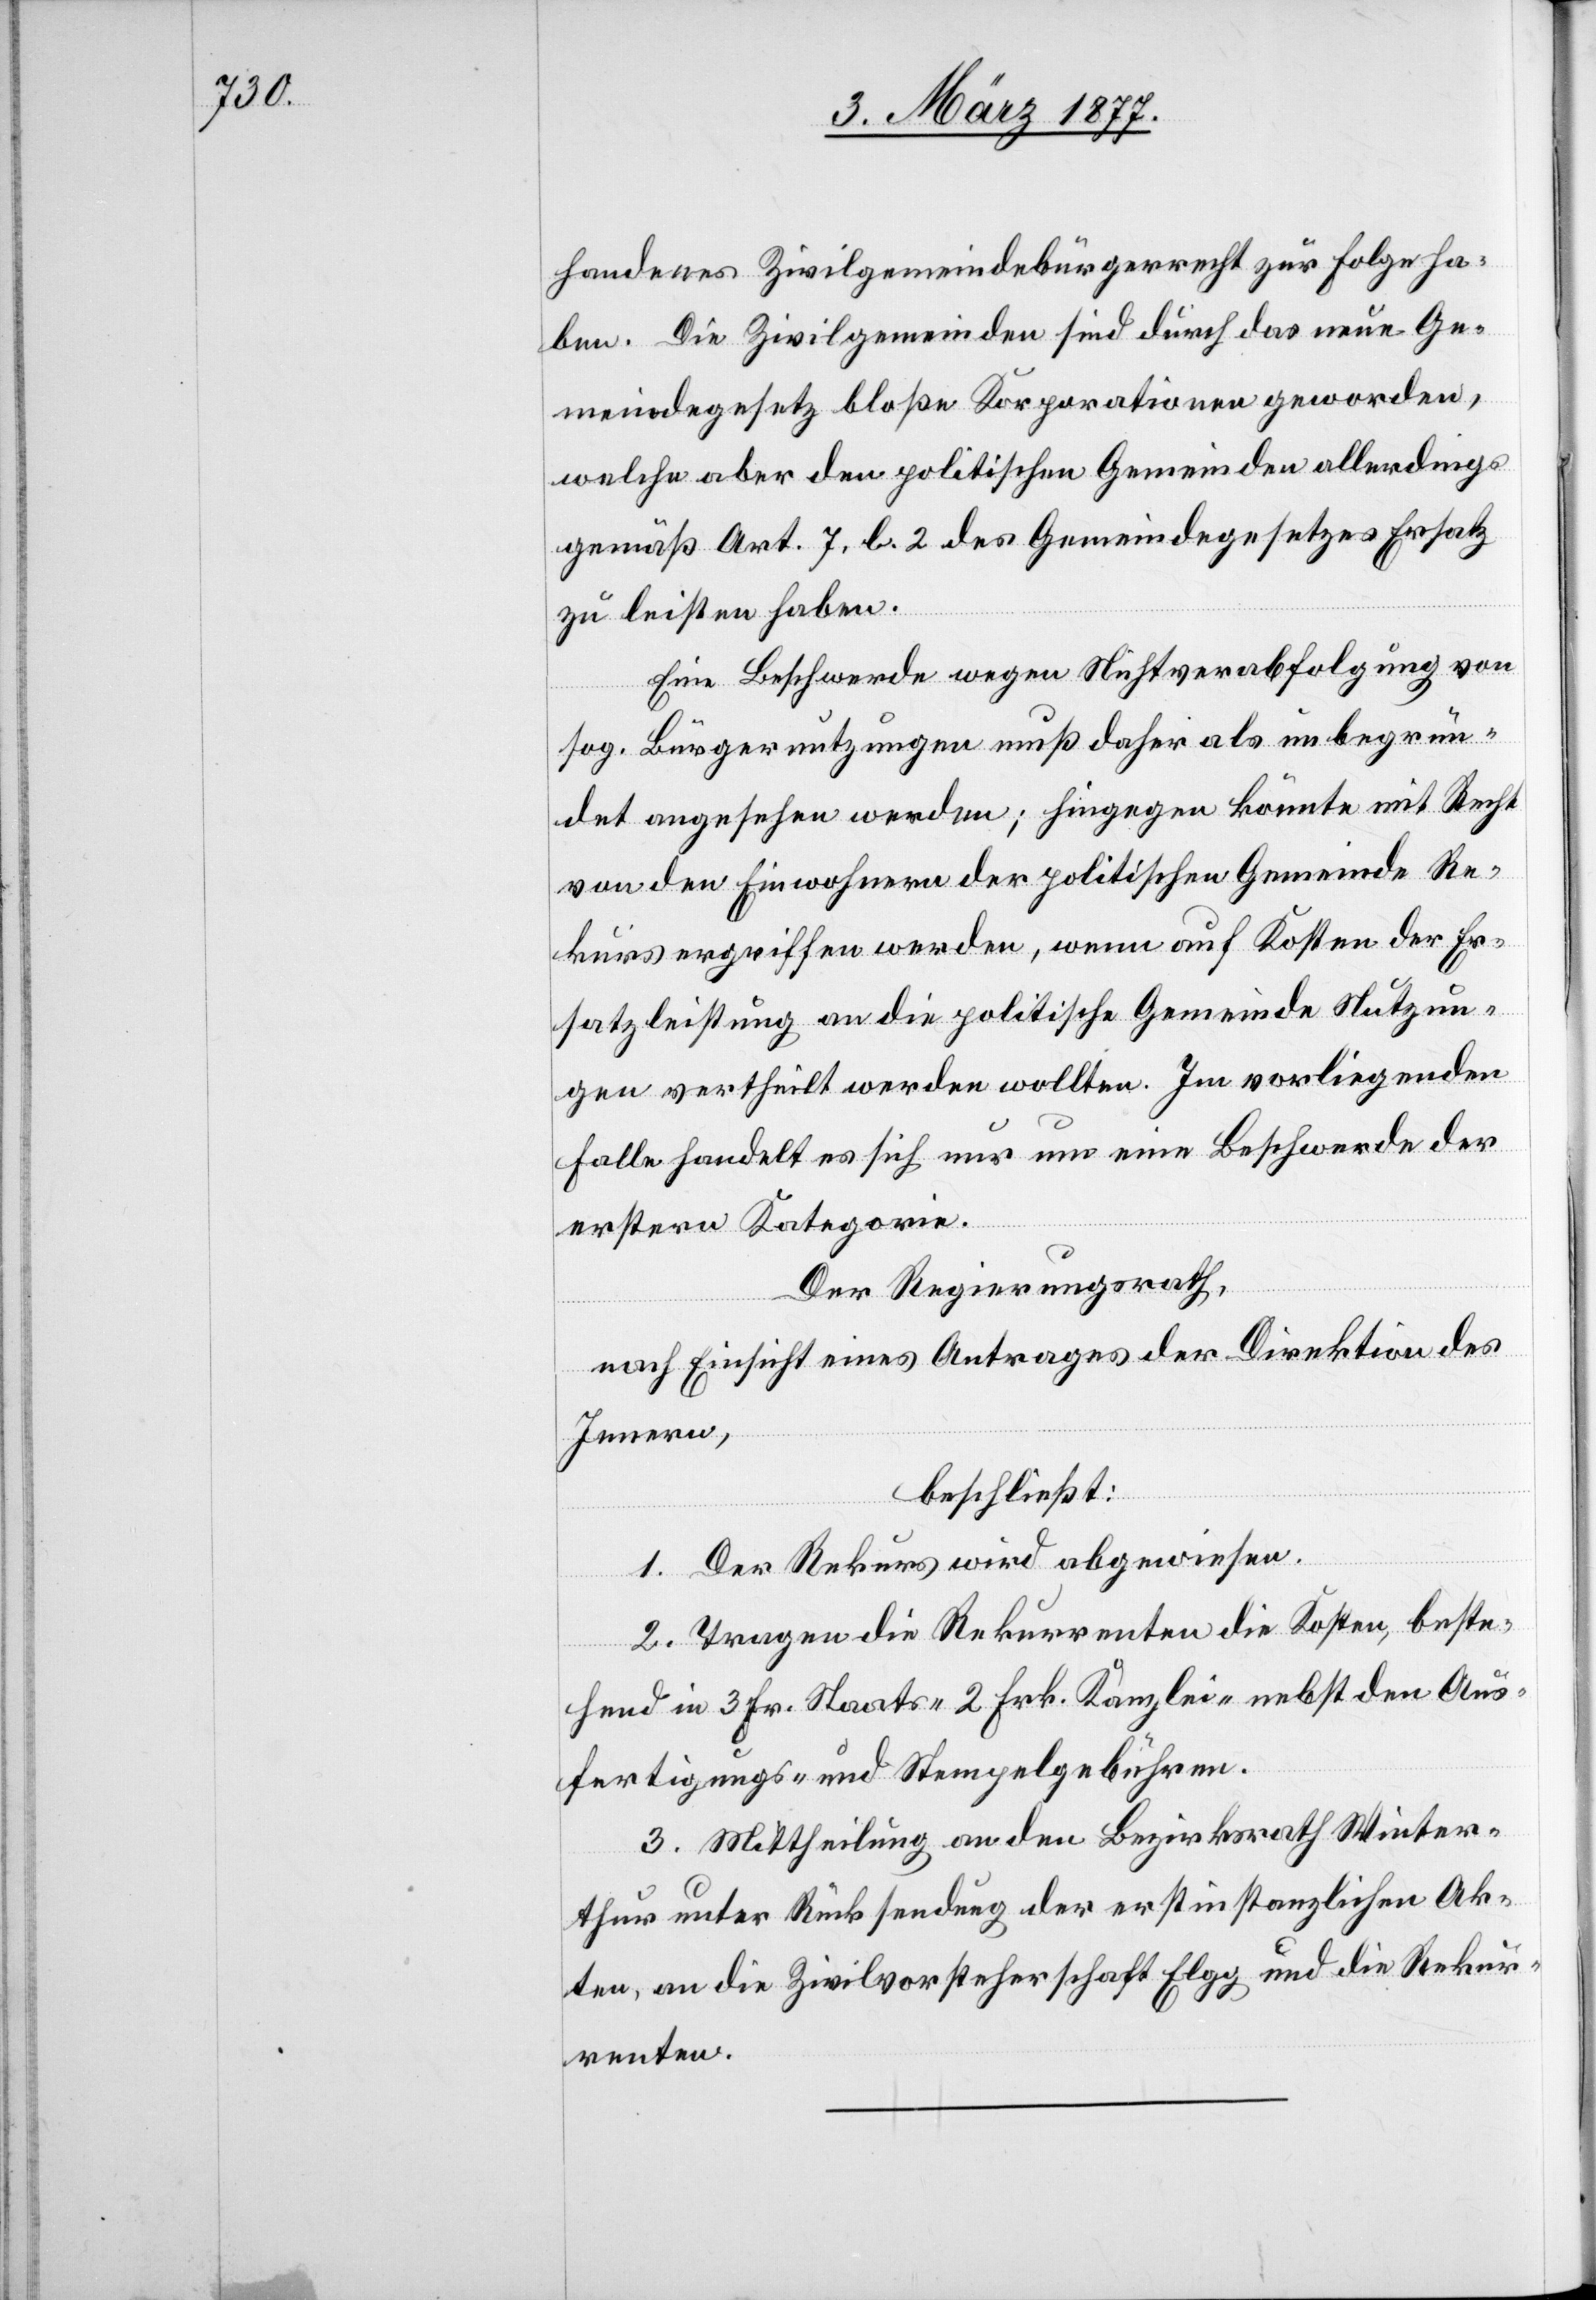
handenes Zivilgemeindebürgerrecht zur Folge ha¬
ben. Die Zivilgemeinden sind durch das neue Ge¬
meindegesetz bloße Korporationen geworden,
welche aber den politischen Gemeinden allerdings
gemäß Art. 7. b. 2 des Gemeindegesetzes Ersatz
zu leisten haben.
Eine Beschwerde wegen Nichtverabfolgung von
sog. Bürgernutzungen muß daher als unbegrün¬
det angesehen werden; hingegen könnte mit Recht
von den Einwohnern der politischen Gemeinde Re¬
kurs ergriffen werden, wenn auf Kosten der Er¬
satzleistung an die politische Gemeinde Nutzun¬
gen vertheilt werden wollten. Im vorliegenden
Falle handelt es sich nur um eine Beschwerde der
erstern Kategorie.
Der Regierungsrath,
nach Einsicht eines Antrages der Direktion des
Innern,
beschließt:
1. Der Rekurs wird abgewiesen.
2. Tragen die Rekurrenten die Kosten, beste¬
hend in 3 Frk. Staats-[,] 2 Frk. Kanzlei- nebst den Aus¬
fertigungs- und Stempelgebühren.
3. Mittheilung an den Bezirksrath Winter¬
thur unter Rücksendung der erstinstanzlichen Ak¬
ten, an die Zivilvorsteherschaft Elgg und die Rekur¬
renten.